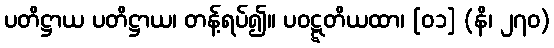
ပတိဋ္ဌာယ ပတိဋ္ဌာယ၊ တန့်ရပ်၍။ ပဝဋ္ဋတိယထာ၊ [၀၁] (နိ၊ ၂၇၀)